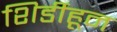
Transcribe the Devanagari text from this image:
शिर्डीहून